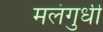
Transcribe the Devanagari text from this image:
मलंगुधी